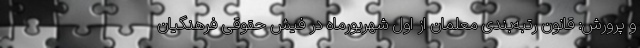
و پرورش: قانون رتبه‌بندی معلمان از اول شهریورماه در فیش حقوقی فرهنگیان